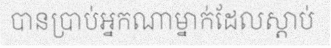
បានប្រាប់អ្នកណាម្នាក់ដែលស្តាប់